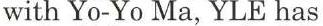
with Yo-Yo Ma, YLE has